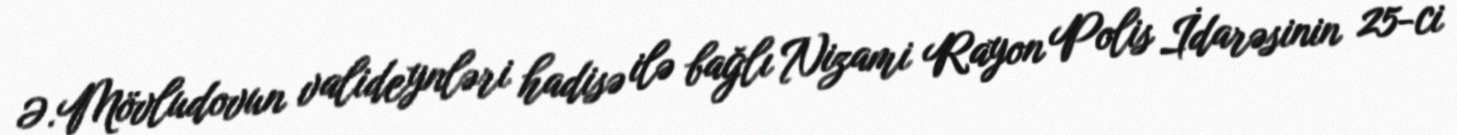
Ə.Mövludovun valideynləri hadisə ilə bağlı Nizami Rayon Polis İdarəsinin 25-ci